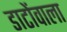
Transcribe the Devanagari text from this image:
डाटोंवाला